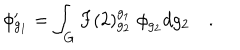
\phi _ { g _ { 1 } } ^ { \prime } = \int _ { G } F ( 2 ) _ { g _ { 2 } } ^ { g _ { 1 } } \; \phi _ { g _ { 2 } } d g _ { 2 } \quad .